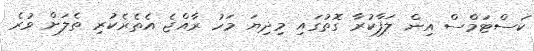
ކަސްޓަމްސް އިން ލަފާކުރާ ގޮތުގައި މިދިޔަ މަހު ރާއްޖެ އެތެރެކުރި ތެލަށް ވުރެ